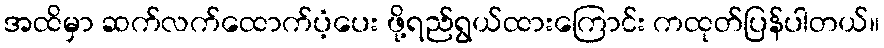
အထိမှာ ဆက်လက်ထောက်ပံ့ပေး ဖို့ရည်ရွယ်ထားကြောင်း ကထုတ်ပြန်ပါတယ်။